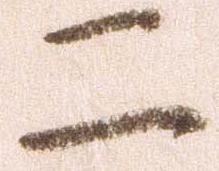
二